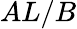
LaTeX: AL/B